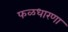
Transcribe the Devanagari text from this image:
फळधारणा